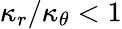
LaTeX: \kappa_{r}/\kappa_{\theta}<1